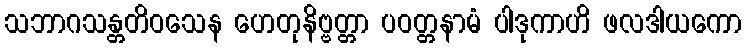
သဘာဂသန္တတိဝသေန ဟေတုနိဗ္ဗတ္တာ ပဝတ္တနာမံ ပါဒုကာဟိ ဖလဒါယကော